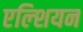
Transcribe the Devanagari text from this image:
एल्शियन